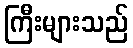
ကြီးများသည်